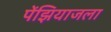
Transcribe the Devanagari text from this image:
पेंझियाजला